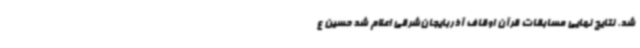
شد. نتایج نهایی مسابقات قرآن اوقاف آذربایجان‌شرقی اعلام شد حسین ع